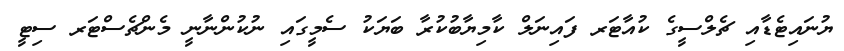
ޔުނައިޓެޑާއި ޗެލްސީގެ ކުއާޓަރ ފައިނަލް ކާމިޔާބުކުރާ ބަޔަކު ސެމީގައި ނުކުންނާނީ މެންޗެސްޓަރ ސިޓީ